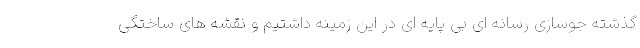
گذشته جوسازی رسانه ای بی پایه ای در این زمینه داشتیم و نقشه های ساختگی